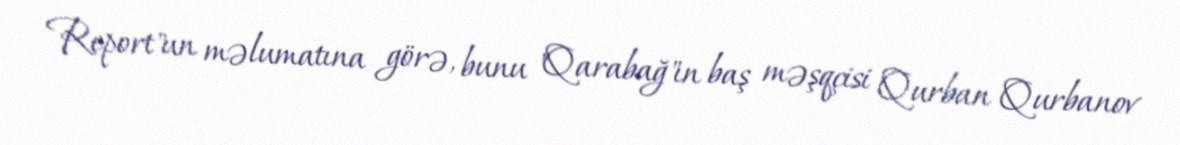
Report"un məlumatına görə, bunu "Qarabağ"ın baş məşqçisi Qurban Qurbanov